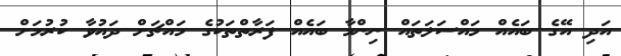
އަދި އޭގެ ބައެއް މައްސަލަތައް ނިންމާ ބައެއް ފަރާތްތަކުގެ މައްޗަށް ދައުވާ ކުރުމަށް